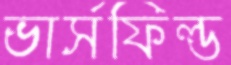
ভার্সফিল্ড